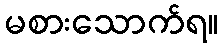
မစားသောက်ရ။